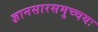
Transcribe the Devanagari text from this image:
ज्ञानसारसमुच्चयः